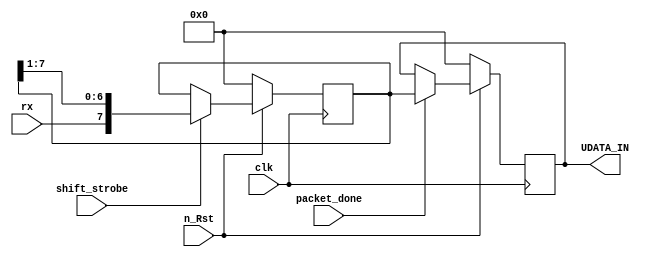
/*
File name:   buffer.vhd
Created:     3/11/2013
Author:      Chuan Yean Tan
Version:	1.0 
Description: 	loading rx bits
		
*/
module buffer(		input clk, n_Rst, 
			input shift_strobe,
			input packet_done,
			input rx,
			output reg [7:0] UDATA_IN
	     );

reg [7:0] next_data_reg,data_reg;
reg [7:0] next_data_rcv,data_rcv;
reg [7:0] next_udata_in;

always @ (posedge clk)
begin 
	if (n_Rst == 1'b0) begin
		data_reg 	<= 8'd0;
		UDATA_IN	<= 8'd0;
	end else begin
		data_reg <= next_data_reg;
		data_rcv <= next_data_rcv;
		UDATA_IN <= next_udata_in;
	end
end 

always @ (shift_strobe,packet_done,rx,data_reg,data_rcv,UDATA_IN)
begin
	if (shift_strobe == 1'b1) begin 
		next_data_reg <= {rx, data_reg[7:1]};
	end else begin 
		next_data_reg <= data_reg;
	end

	if (packet_done == 1'b1) begin
		next_data_rcv <= data_reg;
	end else begin
		next_data_rcv <= data_rcv; 
	end

	if (packet_done == 1'b1) begin 
		next_udata_in <= data_reg;
	end else begin 
		next_udata_in <= UDATA_IN; 
	end
end	




endmodule